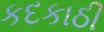
કદકાઠી